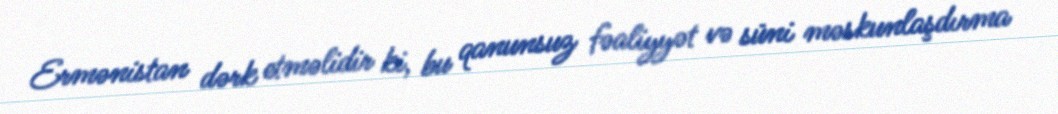
Ermənistan dərk etməlidir ki, bu qanunsuz fəaliyyət və süni məskunlaşdırma